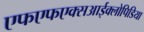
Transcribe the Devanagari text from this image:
एफएफएक्सआईक्लोपिडिया